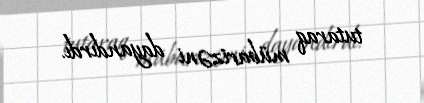
tutaraq mübarizəni dayandırdı.